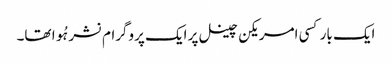
ایک بار کسی امریکن چینل پر ایک پروگرام نشر ہُوا تھا۔